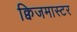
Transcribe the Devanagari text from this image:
क्विजमास्टर